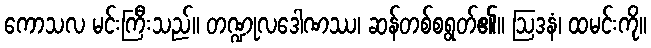
ကောသလ မင်းကြီးသည်။ တဏ္ဍုလဒေါဏဿ၊ ဆန်တစ်စရွတ်၏။ ဩဒနံ၊ ထမင်းကို။